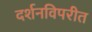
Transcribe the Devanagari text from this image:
दर्शनविपरीत